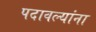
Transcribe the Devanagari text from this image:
पदावल्यांना